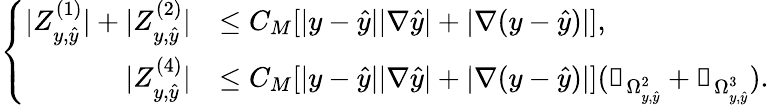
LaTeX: \left\{ \begin{array}{rl}{|Z_{y,\hat{y}}^{(1)}|+|Z_{y,\hat{y}}^{(2)}|}&{\leq C_{M}[|y-\hat{y}||\nabla\hat{y}|+|\nabla(y-\hat{y})|],}\\ {|Z_{y,\hat{y}}^{(4)}|}&{\leq C_{M}[|y-\hat{y}||\nabla\hat{y}|+|\nabla(y-\hat{y})|](\mathbb{1}_{\Omega_{y,\hat{y}}^{2}}+\mathbb{1}_{\Omega_{y,\hat{y}}^{3}}).}\end{array}\right.